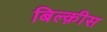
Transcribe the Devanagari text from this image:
बिल्क़ीस